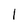
Character: 1